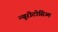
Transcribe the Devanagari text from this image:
न्यूरोटोसिज्म